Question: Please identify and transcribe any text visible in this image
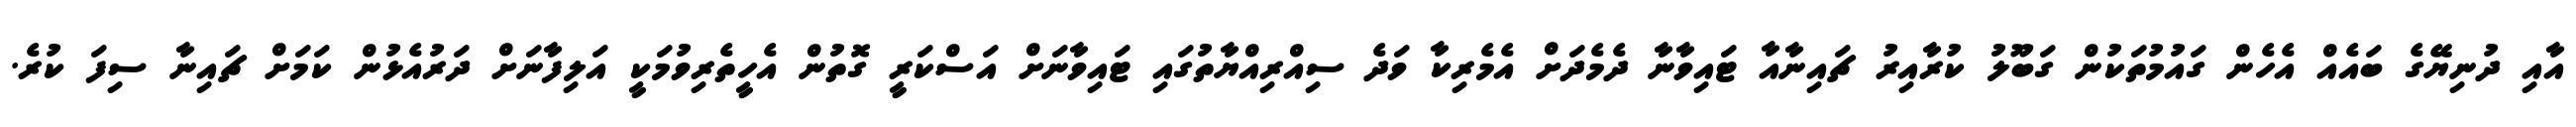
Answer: އާއި ދުނިޔޭގެ ބައެއް އެހެން ގައުމުތަކުން ގަބޫލު ކުރާއިރު ޗައިނާއާ ޓައިވާނާ ދެމެދަށް އެމެރިކާ ވަދެ ސިއްރިއްޔާތުގައި ޓައިވާނަށް އަސްކަރީ ގޮތުން އެހީތެރިވުމަކީ އަލިފާނަށް ދަރުއެޅުން ކަމަށް ޗައިނާ ސިފަ ކުރެ.